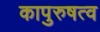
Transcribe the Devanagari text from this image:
कापुरुषत्व